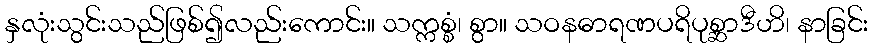
နှလုံးသွင်းသည်ဖြစ်၍လည်းကောင်း။ သက္ကစ္စံ၊ စွာ။ သဝနဓာရဏပရိပုစ္ဆာဒီဟိ၊ နာခြင်း